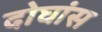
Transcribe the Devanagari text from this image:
दोघांस